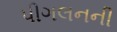
પીગલનની